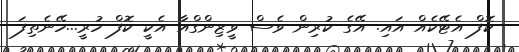
ކޮފް އެޓޭކެއް އައި. އޭގެ ކުރިން ވެސް ވީޒިންގްއާ އެކީ ކޮފް ހުރީ...ހޭނެތިފަ